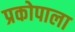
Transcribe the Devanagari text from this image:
प्रकोपाला